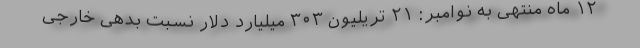
۱۲ ماه منتهی به نوامبر: ۲۱ تریلیون ۳۰۳ میلیارد دلار نسبت بدهی خارجی